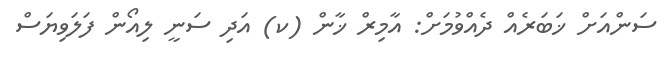
ސަންއަށް ޚަބަރެއް ދެއްވުމަށް: އާމިރް ޚާން (ކ) އަދި ސަނީ ލިއޯން ފަލަވިޔަސް